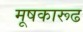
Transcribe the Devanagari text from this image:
मूषकारूढ